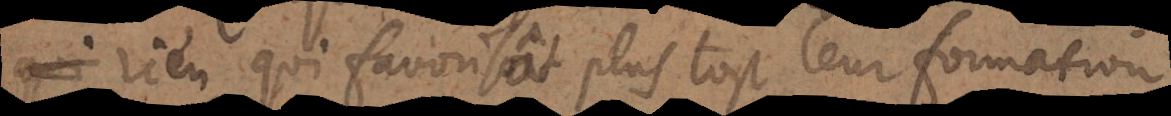
rien qui favorisât plus tost leur formation